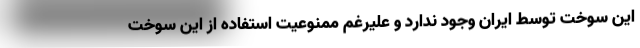
این سوخت توسط ایران وجود ندارد و علیرغم ممنوعیت استفاده از این سوخت